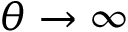
\theta \rightarrow \infty